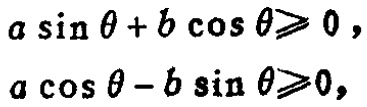
\(a \sin \theta + b \cos \theta \geqslant 0,\)
\(a \cos \theta - b \sin \theta \geqslant 0,\)